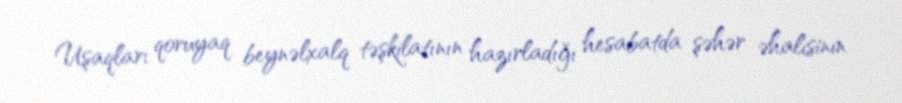
Uşaqları qoruyaq beynəlxalq təşkilatının hazırladığı hesabatda şəhər əhalisinin